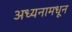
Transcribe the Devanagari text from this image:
अध्यनामधून